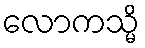
လောကသ္မိ